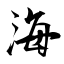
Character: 海